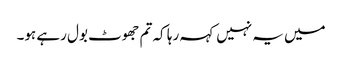
میں یہ نہیں کہہ رہا کہ تم جھوٹ بول رہے ہو۔